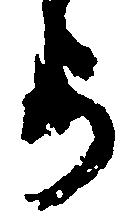
よ